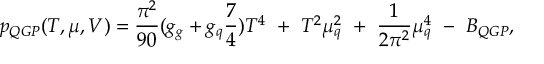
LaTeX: p _ { Q G P } ( T , \mu , V ) = \frac { \pi ^ { 2 } } { 9 0 } ( g _ { g } + g _ { q } \frac { 7 } { 4 } ) T ^ { 4 } ~ + ~ T ^ { 2 } \mu _ { q } ^ { 2 } ~ + ~ \frac { 1 } { 2 \pi ^ { 2 } } \mu _ { q } ^ { 4 } ~ - ~ B _ { Q G P } ,